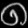
Digit: ၈